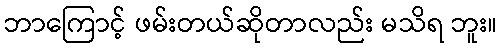
ဘာကြောင့် ဖမ်းတယ်ဆိုတာလည်း မသိရ ဘူး။